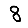
Digit: 8